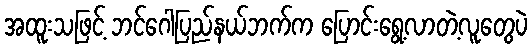
အထူးသဖြင့် ဘင်ဂေါပြည်နယ်ဘက်က ပြောင်းရွေ့လာတဲ့လူတွေပဲ